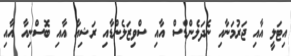
އިޓަލީ އާއި ޖަރުމަނާއި ނެދަލެންޑްސް އާއި ސްވިޒަލެންޑާއި ރަޝިއާ އާއި ބޮސްނިއާ އާއި